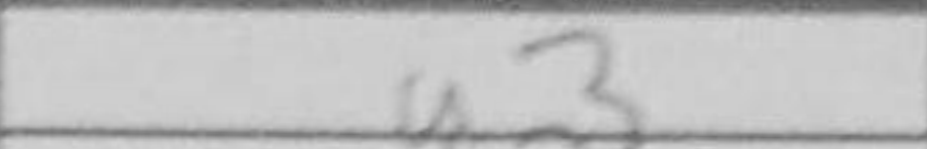
Transcription: a3